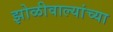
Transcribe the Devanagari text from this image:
झोळीवाल्यांच्या